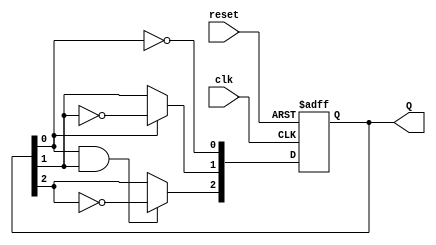
module ripple_counter (
    input wire clk,          // Clock input
    input wire reset,        // Asynchronous reset input
    output reg [2:0] Q       // 3-bit output representing the counter value
);

// T Flip-Flop behavior
always @(posedge clk or posedge reset) begin
    if (reset) begin
        Q <= 3'b000; // Reset the counter to 0
    end else begin
        Q[0] <= ~Q[0]; // Toggle LSB on every clock pulse
        Q[1] <= Q[0] ? ~Q[1] : Q[1]; // Toggle second bit on LSB falling edge
        Q[2] <= (Q[0] & Q[1]) ? ~Q[2] : Q[2]; // Toggle third bit on second bit falling edge
    end
end

endmodule